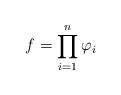
LaTeX: \begin{align*}f=\prod_{i=1}^{n}\varphi_{i}\end{align*}